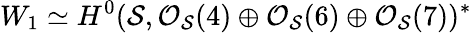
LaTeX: W_{1}\simeq H^{0}({\cal S},{\cal O}_{{\cal S}}(4)\oplus{\cal O}_{{\cal S}}(6)\oplus{\cal O}_{{\cal S}}(7))^{*}